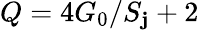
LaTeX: Q=4G_{0}/S_{\mathbf{j}}+2